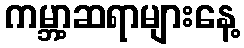
ကမ္ဘာ့ဆရာများနေ့